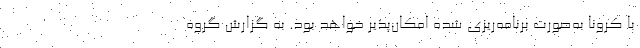
با کرونا به‌صورت برنامه‌ریزی شده امکان‌پذیر خواهد بود. به گزارش گروه